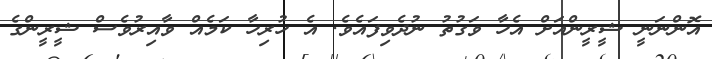
އޮންނަނީ ޝީރީންއަށް އެހާ ވަގުތު ނުދެވިފައެވެ. އެ ހުރިހާ ކަމެއް ވާއިރުވެސް ޝީރީންގެ